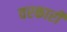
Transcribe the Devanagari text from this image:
वरकारी